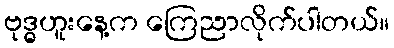
ဗုဒ္ဓဟူးနေ့က ကြေညာလိုက်ပါတယ်။